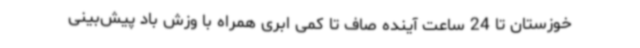
خوزستان تا 24 ساعت آینده صاف تا کمی ابری همراه با وزش باد پیش‌بینی